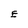
Character: E